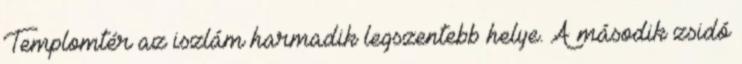
Templomtér az iszlám harmadik legszentebb helye. A második zsidó